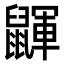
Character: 鼲